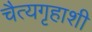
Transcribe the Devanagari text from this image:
चैत्यगृहाशी